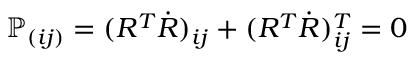
\mathbb P _ { ( i j ) } = ( R ^ { T } \dot { R } ) _ { i j } + ( R ^ { T } \dot { R } ) _ { i j } ^ { T } = 0